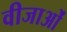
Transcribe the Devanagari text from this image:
वीजाओं